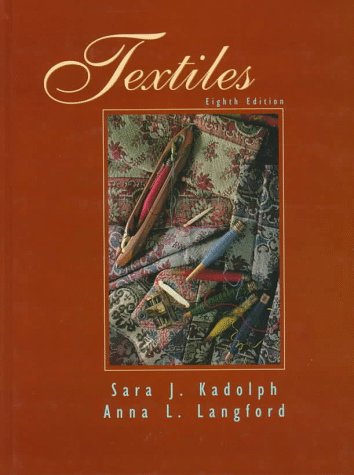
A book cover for Textiles; Sara J. Kadolph; Crafts, Hobbies & Home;